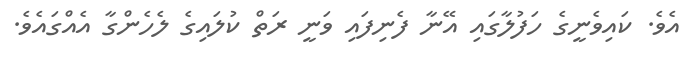
އެވެ. ކައިވެނީގެ ހަފުލާގައި އޭނާ ފެނިފައި ވަނީ ރަތް ކުލައިގެ ލެހެންގާ އެއްގައެވެ.